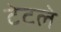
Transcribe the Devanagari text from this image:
टेटले